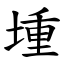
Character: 堹